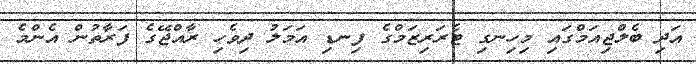
އަދި ބެލްޖިއަމްގައި މިހިނގި ޓެރަރިޒަމްގެ ފިނޑި އަމަލު ދިވެހި ރާއްޖޭގެ ފަރާތުން އެންމެ